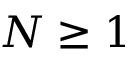
N \ge 1